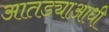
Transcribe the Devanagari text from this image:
आतड्याआधी